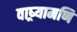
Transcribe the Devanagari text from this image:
वाष्र्यामणि